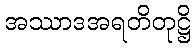
အဿာဒအရတိတုဋ္ဌိ